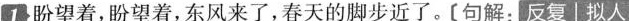
1 盼望着,盼望着,东风来了,春天的脚步近了。[句解，反复 拟人